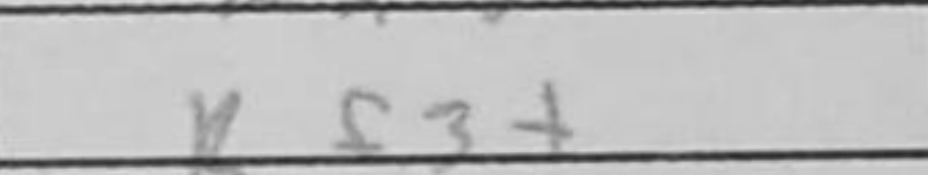
Transcription: Rf3+